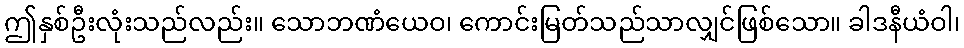
ဤနှစ်ဦးလုံးသည်လည်း။ သောဘဏံယေဝ၊ ကောင်းမြတ်သည်သာလျှင်ဖြစ်သော။ ခါဒနီယံဝါ၊